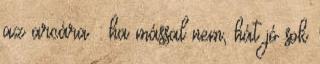
az arcára : ha mással nem, hát jó sok